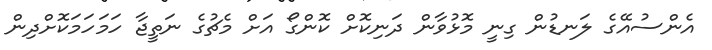
އެންސުއޭގެ ލަނޑުން ގިނީ މޮޅުވާން ދަނިކޮށް ކޮންގޯ އަށް މެޗުގެ ނަތީޖާ ހަމަހަމަކޮށްދިން